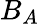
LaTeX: B_{A}